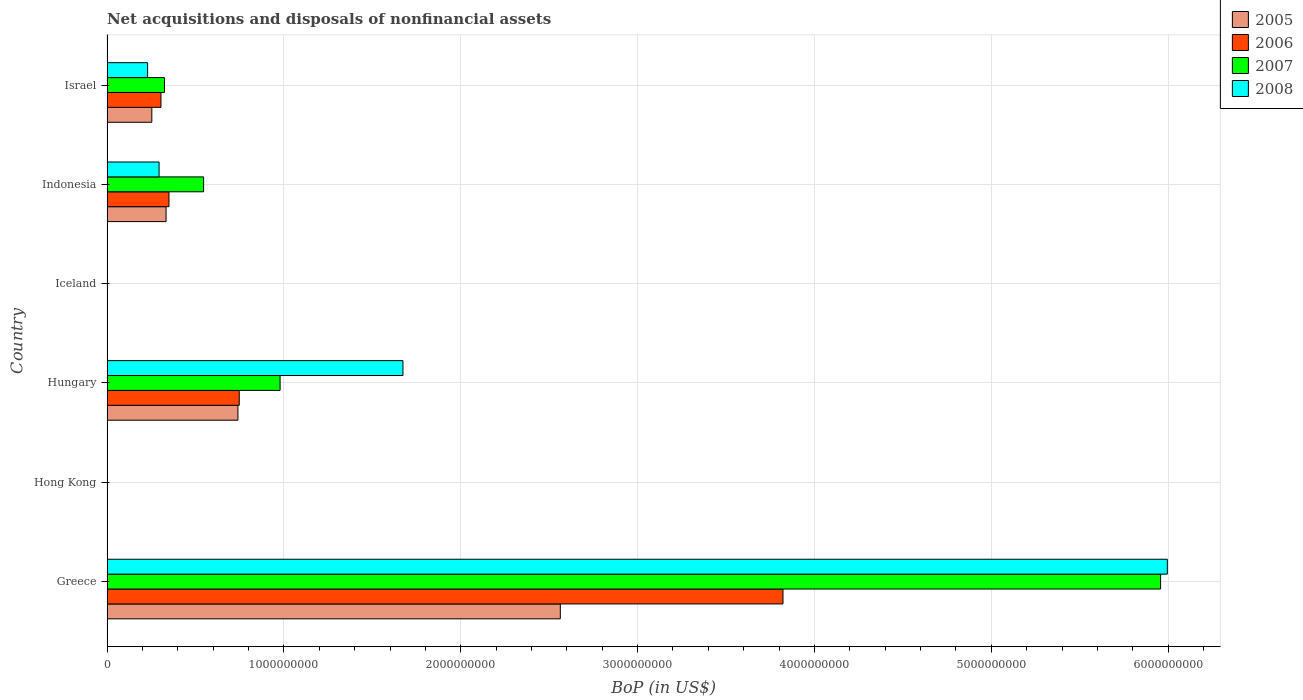
| Country | 2005 | 2006 | 2007 | 2008 |
 | --- | --- | --- | --- | --- |
 | Greece | 2.56e+09 | 3.82e+09 | 5.96e+09 | 6e+09 |
 | Hong Kong | -7.45e+07 | -9.85e+07 | -8.71e+07 | -2.52e+08 |
 | Hungary | 7.4e+08 | 7.48e+08 | 9.79e+08 | 1.67e+09 |
 | Iceland | -6.46e+06 | -7.3e+06 | -1.4e+07 | -1.16e+07 |
 | Indonesia | 3.34e+08 | 3.5e+08 | 5.46e+08 | 2.94e+08 |
 | Israel | 2.53e+08 | 3.05e+08 | 3.25e+08 | 2.3e+08 |